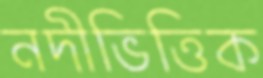
নদীভিত্তিক